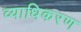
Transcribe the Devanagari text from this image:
व्याधिकरण